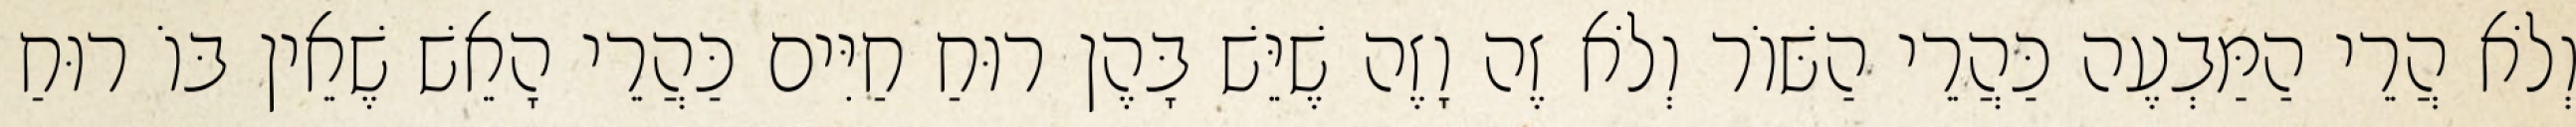
וְלֹא הֲרֵי הַמַּבְעֶה כַּהֲרֵי הַשּׁוֹר וְלֹא זֶה וָזֶה שֶׁיֵּשׁ בָּהֶן רוּחַ חַיִּים כַּהֲרֵי הָאֵשׁ שֶׁאֵין בּוֹ רוּחַ